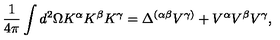
\frac { 1 } { 4 \pi } \int d ^ { 2 } \Omega K ^ { \alpha } K ^ { \beta } K ^ { \gamma } = \Delta ^ { ( \alpha \beta } V ^ { \gamma ) } + V ^ { \alpha } V ^ { \beta } V ^ { \gamma } ,